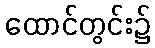
ထောင်တွင်း၌